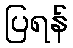
ပြရန်